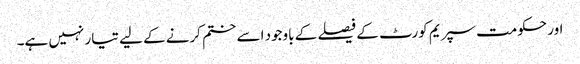
اور حکومت سپریم کورٹ کے فیصلے کے باوجود اسے ختم کرنے کے لیے تیار نہیں ہے۔